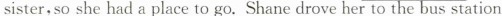
sister,so she had a place to go.Shane drove her to the bus station